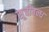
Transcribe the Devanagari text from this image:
सूचीबन्ध